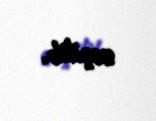
seçilib.